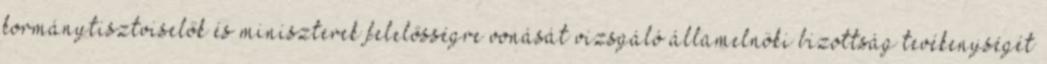
kormánytisztviselők és miniszterek felelősségre vonását vizsgáló államelnöki bizottság tevékenységét